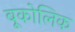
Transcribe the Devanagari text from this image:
बूकोलिक